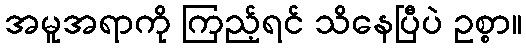
အမူအရာကို ကြည့်ရင် သိနေပြီပဲ ဥစ္စာ။